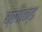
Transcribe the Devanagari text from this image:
ब्लौक्ड